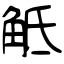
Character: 觝